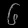
Digit: ၆